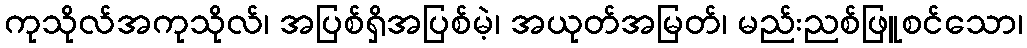
ကုသိုလ်အကုသိုလ်၊ အပြစ်ရှိအပြစ်မဲ့၊ အယုတ်အမြတ်၊ မည်းညစ်ဖြူစင်သော၊